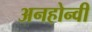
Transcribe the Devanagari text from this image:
अनहोन्‍वी